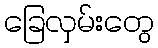
ခြေလှမ်းတွေ